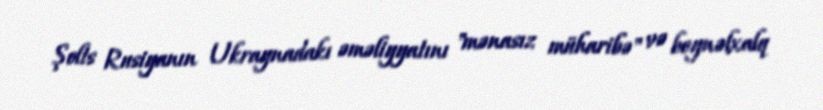
Şolts Rusiyanın Ukraynadakı əməliyyatını "mənasız müharibə" və beynəlxalq